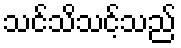
သင်သိသင့်သည်